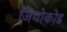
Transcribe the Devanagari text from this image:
जियोकोड